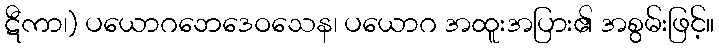
ဋီကာ၊) ပယောဂဘေဒေဝသေန၊ ပယောဂ အထူးအပြား၏ အစွမ်းဖြင့်။